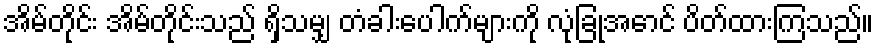
အိမ်တိုင်း အိမ်တိုင်းသည် ရှိသမျှ တံခါးပေါက်များကို လုံခြုံအောင် ပိတ်ထားကြသည်။